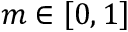
m \in \left[ 0 , 1 \right]